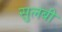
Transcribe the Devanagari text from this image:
सुलबी